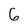
Character: 6